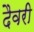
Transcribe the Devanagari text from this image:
दैवरी